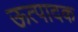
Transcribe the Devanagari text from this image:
ऊत्पादक